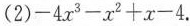
(2)$$-4x^{3}-x^{2}+x-4$$.